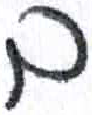
אות: ב